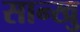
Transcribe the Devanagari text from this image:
सान्खु